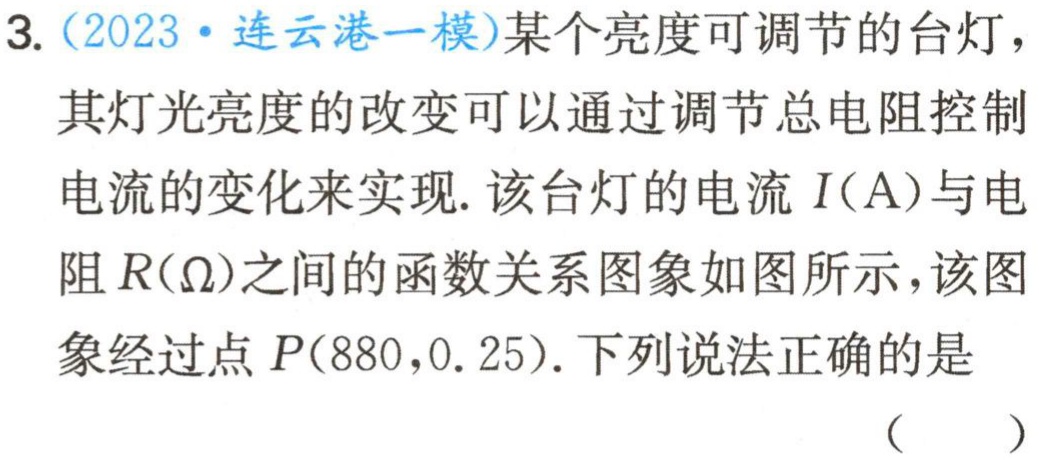
158. （2019•十堰）正方形中构造三垂直模型三角形全等（初三）